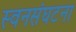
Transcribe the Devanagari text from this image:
स्वनसंघटना